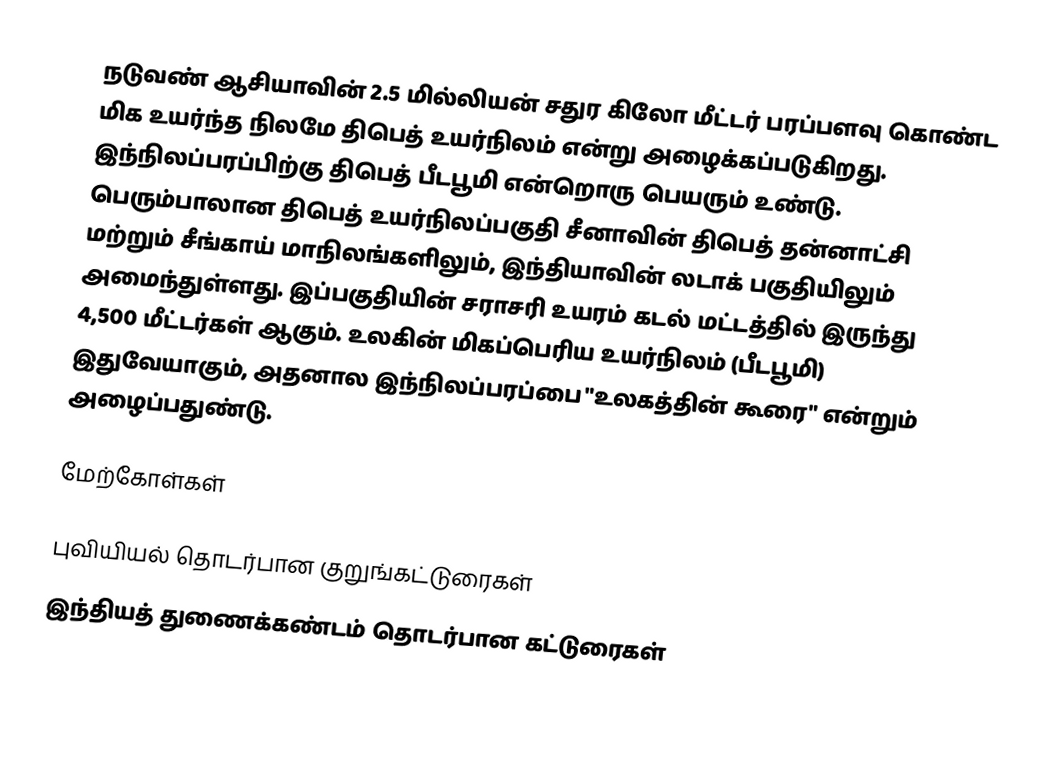
நடுவண் ஆசியாவின் 2.5 மில்லியன் சதுர கிலோ மீட்டர் பரப்பளவு கொண்ட மிக உயர்ந்த நிலமே திபெத் உயர்நிலம் என்று அழைக்கப்படுகிறது. இந்நிலப்பரப்பிற்கு திபெத் பீடபூமி என்றொரு பெயரும் உண்டு. பெரும்பாலான திபெத் உயர்நிலப்பகுதி சீனாவின் திபெத் தன்னாட்சி மற்றும் சீங்காய் மாநிலங்களிலும், இந்தியாவின் லடாக் பகுதியிலும் அமைந்துள்ளது. இப்பகுதியின் சராசரி உயரம் கடல் மட்டத்தில் இருந்து 4,500 மீட்டர்கள் ஆகும். உலகின் மிகப்பெரிய உயர்நிலம் (பீடபூமி) இதுவேயாகும், அதனால இந்நிலப்பரப்பை "உலகத்தின் கூரை" என்றும் அழைப்பதுண்டு.

மேற்கோள்கள்

புவியியல் தொடர்பான குறுங்கட்டுரைகள்
இந்தியத் துணைக்கண்டம் தொடர்பான கட்டுரைகள்